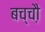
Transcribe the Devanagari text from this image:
बच्चौ़